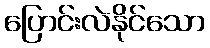
ပြောင်းလဲနိုင်သော